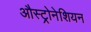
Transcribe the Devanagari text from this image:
औस्ट्रोनेशियन